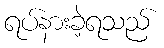
ရပ်နားခဲ့ရသည်